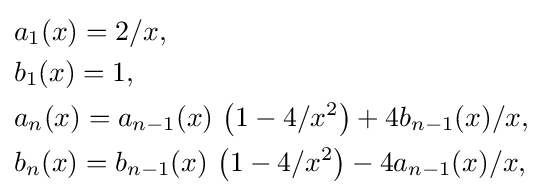
{\begin{aligned}&a_{1}(x)=2/x,\\&b_{1}(x)=1,\\&a_{n}(x)=a_{n-1}(x)\,\left(1-4/x^{2}\right)+4b_{n-1}(x)/x,\\&b_{n}(x)=b_{n-1}(x)\,\left(1-4/x^{2}\right)-4a_{n-1}(x)/x,\end{aligned}}